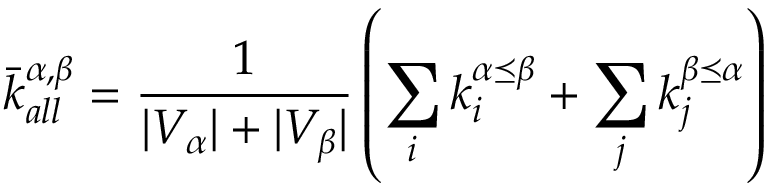
\bar { k } _ { a l l } ^ { \alpha , \beta } = \frac { 1 } { | V _ { \alpha } | + | V _ { \beta } | } \left( \sum _ { i } { k _ { i } ^ { \alpha \preceq \beta } } + \sum _ { j } { k _ { j } ^ { \beta \preceq \alpha } } \right)